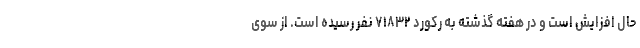
حال افزایش است و در هفته گذشته به رکورد ۷۱۸۳۲ نفر رسیده است. از سوی